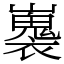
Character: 㠢